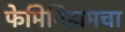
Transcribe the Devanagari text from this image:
फेमिनिझमचा